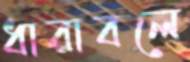
ধারাবলে